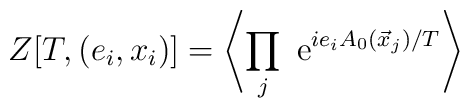
Z[T,(e_i,x_i)]= \left\langle  \prod_j {\rm ~e}^{ie_iA_0(\vec x_j)/T}\right\rangle